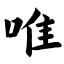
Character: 唯